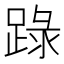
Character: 䟿